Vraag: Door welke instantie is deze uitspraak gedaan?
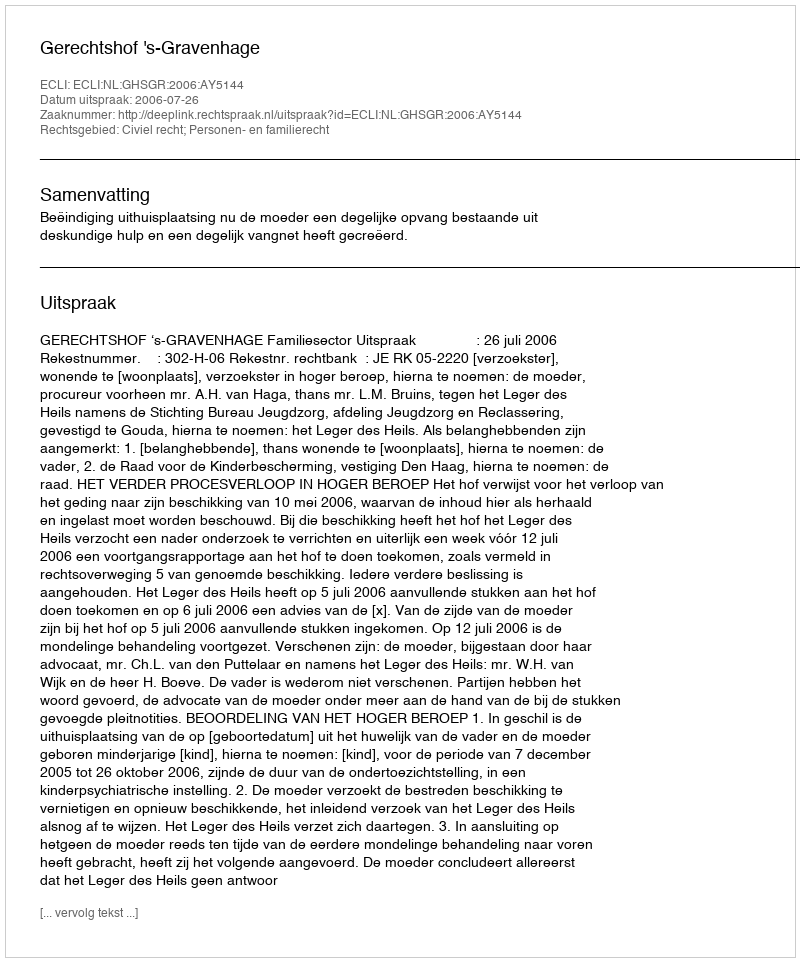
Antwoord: Gerechtshof 's-Gravenhage